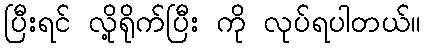
ပြီးရင် လို့ရိုက်ပြီး ကို လုပ်ရပါတယ်။